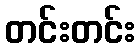
တင်းတင်း